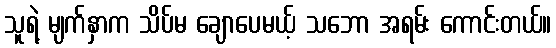
သူရဲ့ မျက်နှာက သိပ်မ ချောပေမယ့် သဘော အရမ်း ကောင်းတယ်။